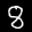
Label: 8